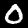
Digit: 0